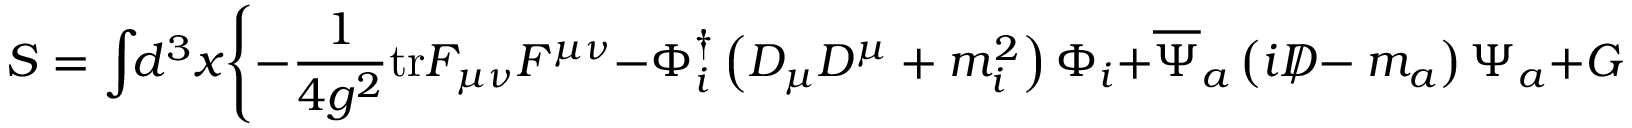
S = \int \! \! d ^ { 3 } x \Biggl \{ - \frac { 1 } { 4 g ^ { 2 } } \mathrm { t r } F _ { \mu \nu } F ^ { \mu \nu } - \Phi _ { i } ^ { \dag } \left( D _ { \mu } D ^ { \mu } + m _ { i } ^ { 2 } \right) \Phi _ { i } + \overline { { { \Psi } } } _ { a } \left( i D \! \! \! \! / - m _ { a } \right) \Psi _ { a } + G ( A _ { \mu } , \Phi , \Psi ) \Biggr \} \ ,